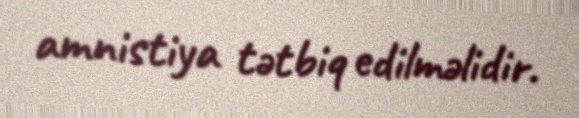
amnistiya tətbiq edilməlidir.